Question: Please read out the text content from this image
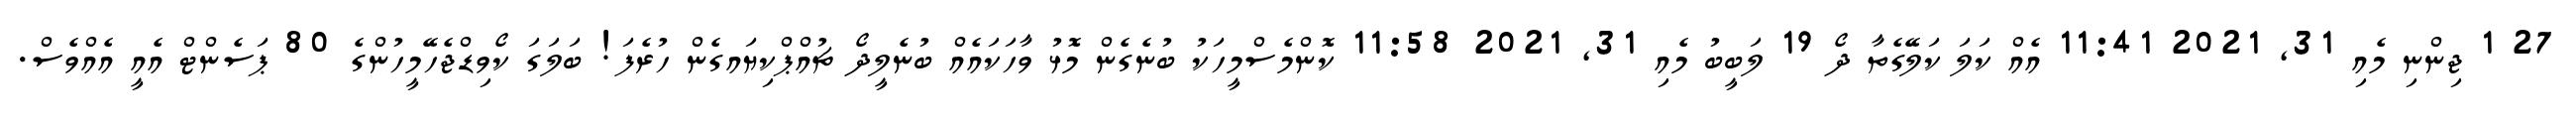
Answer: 27 1 ޖިންނި މެއި 31, 2021 11:41 އެއް ކަލަ ކަލޭގެތާ ދޯ 19 ލަބީބު މެއި 31, 2021 11:58 ކޮންމެސްމީހަކު ބުނެގެން މޮޅު ވާހަކައެއް ބުނެލީދޯ ޗުއްޕްކިޔައގެން ހުރެފަ! ބަލަގަ ކޯވިޑްޖެހޭމީހުންގެ 80 ޕަސެންޓް އެއީ އެއްވެސް.